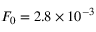
F _ { 0 } = 2 . 8 \times 1 0 ^ { - 3 }